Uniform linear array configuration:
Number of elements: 32
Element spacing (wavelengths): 0.5
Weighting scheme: kaiser
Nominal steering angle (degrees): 15
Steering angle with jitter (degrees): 16.67
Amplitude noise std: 0.05
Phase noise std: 0.05

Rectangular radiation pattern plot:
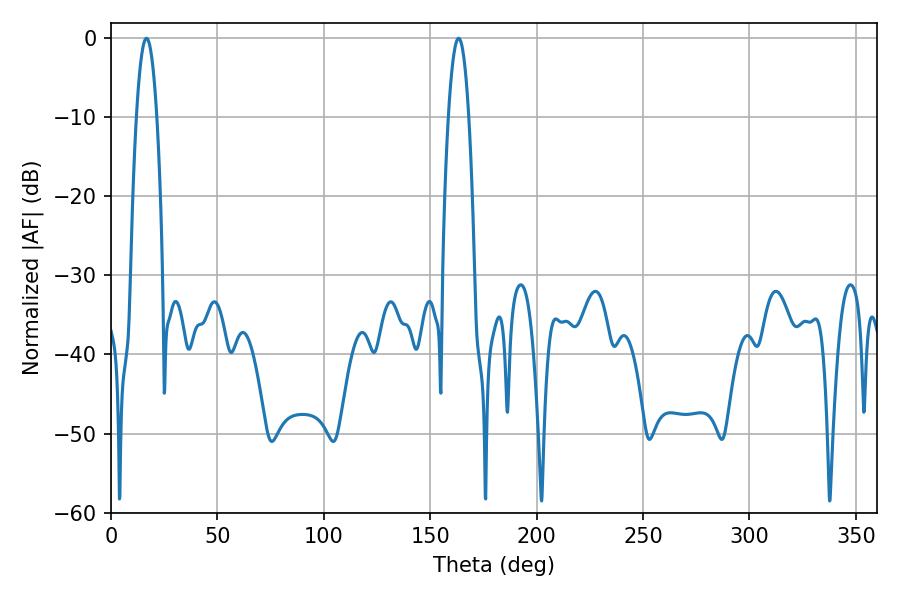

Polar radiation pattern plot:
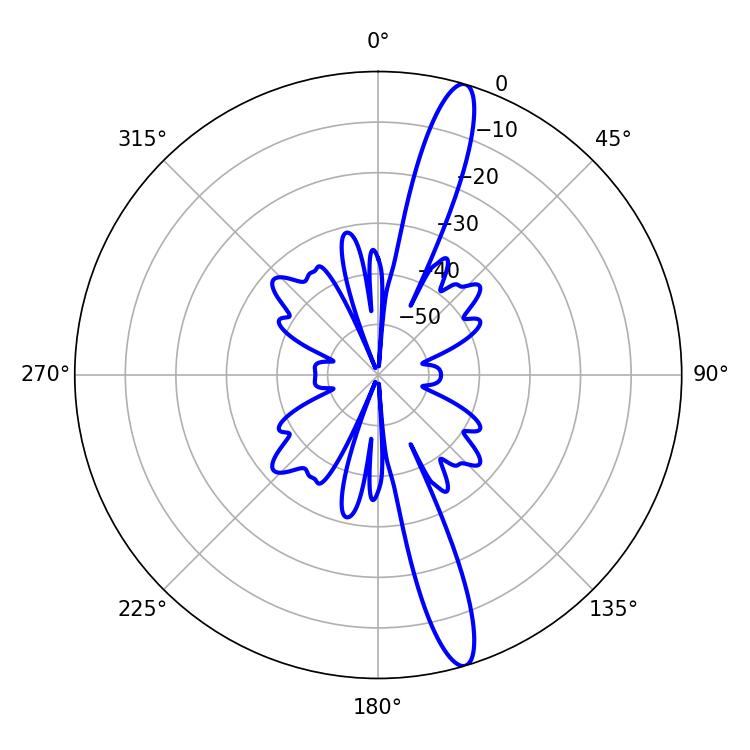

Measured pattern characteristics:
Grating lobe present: FALSE
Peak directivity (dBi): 15.442
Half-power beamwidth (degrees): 5.22
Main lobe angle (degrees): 16.74